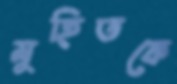
মুহিতকে